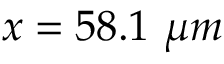
x = 5 8 . 1 ~ \mu m